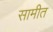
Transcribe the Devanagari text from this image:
सामीत